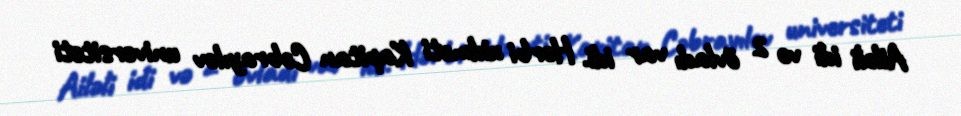
Ailəli idi və 2 övladı var idi. Hərbi xidməti Kapitan Cəbrayılov universiteti